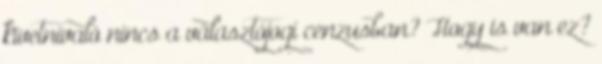
kivetnivaló nincs a választójogi cenzusban? Hogy is van ez?